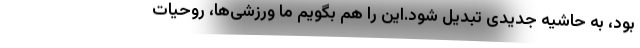
بود، به حاشیه جدیدی تبدیل شود.این را هم بگویم ما ورزشی‌ها، روحیات